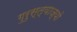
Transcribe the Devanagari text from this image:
गुरुस्त्याज्यो